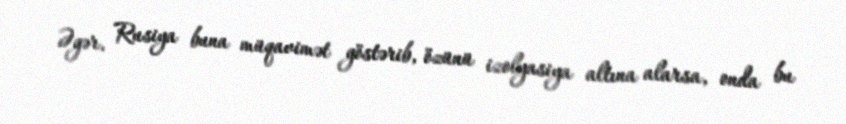
Əgər, Rusiya buna müqavimət göstərib, özünü izolyasiya altına alarsa, onda bu